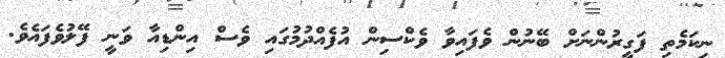
ނިކަމެތި ފަގީރުންނަށް ބޭނުން ވެފައިވާ ވެކްސިން އުފެއްދުމުގައި ވެސް އިންޑިއާ ވަނީ ފޭލުވެފައެވެ.